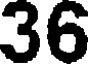
36